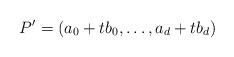
LaTeX: \begin{align*}P'=(a_0+tb_0,\ldots, a_d+tb_d)\end{align*}